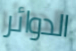
الدوائر